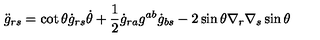
{ \ddot { g } } _ { r s } = \cot \theta { \dot { g } } _ { r s } { \dot { \theta } } + \frac { 1 } { 2 } { \dot { g } } _ { r a } g ^ { a b } { \dot { g } } _ { b s } - 2 \sin \theta \nabla _ { r } \nabla _ { s } \sin \theta